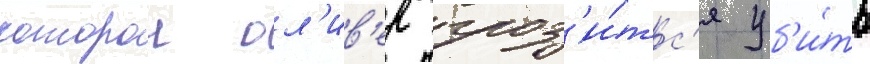
которои ол'ив'ер гроз'и́тс'я уб'и́ть